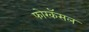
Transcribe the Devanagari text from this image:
फोरकॅसल